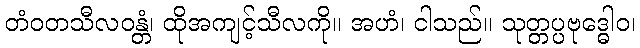
တံဝတသီလဝန္တံ၊ ထိုအကျင့်သီလကို။ အဟံ၊ ငါသည်။ သုတ္တပ္ပဗုဒ္ဓေါဝ၊